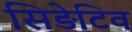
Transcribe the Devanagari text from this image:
सिड़ेटिव